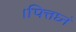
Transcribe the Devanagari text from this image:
।पित्तघ्नं